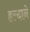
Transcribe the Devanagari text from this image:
हल्दाने